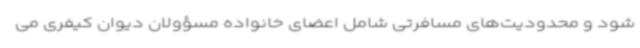
شود و محدودیت‌های مسافرتی شامل اعضای خانواده مسؤولان دیوان کیفری می